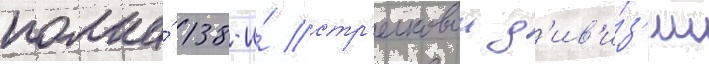
полка́ 138-и́ стр'елковои д'ив'и́з'ии